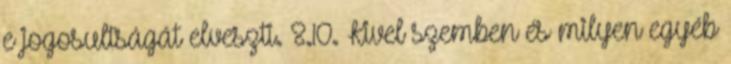
e jogosultságát elveszti. 8.10. Kivel szemben és milyen egyéb